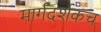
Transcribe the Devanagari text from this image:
मार्गदर्शकच